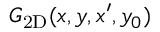
{ G } _ { \mathrm { 2 D } } ( x , y , x ^ { \prime } , y _ { 0 } )